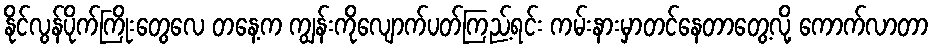
နိုင်လွန်ပိုက်ကြိုးတွေလေ တနေ့က ကျွန်းကိုလျောက်ပတ်ကြည့်ရင်း ကမ်းနားမှာတင်နေတာတွေ့လို့ ကောက်လာတာ